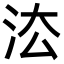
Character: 㳒